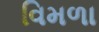
વિમળા